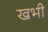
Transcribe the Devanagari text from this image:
खभी